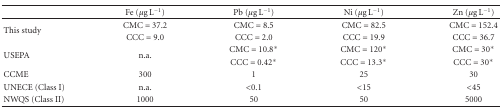
<table><thead><tr><td></td><td><b>Fe (<i>μ</i>g L<sup>−1</sup>)</b></td><td><b>Pb (<i>μ</i>g L<sup>−1</sup>)</b></td><td><b>Ni (<i>μ</i>g L<sup>−1</sup>)</b></td><td><b>Zn (<i>μ</i>g L<sup>−1</sup>)</b></td></tr></thead><tbody><tr><td rowspan="2">This study</td><td>CMC = 37.2</td><td>CMC = 8.5</td><td>CMC = 82.5</td><td>CMC = 152.4</td></tr><tr><td>CCC = 9.0</td><td>CCC = 2.0</td><td>CCC = 19.9</td><td>CCC = 36.7</td></tr><tr><td rowspan="2">USEPA</td><td rowspan="2">n.a.</td><td>CMC = 10.8<sup>∗</sup></td><td>CMC = 120<sup>∗</sup></td><td>CMC = 30<sup>∗</sup></td></tr><tr><td>CCC = 0.42<sup>∗</sup></td><td>CCC = 13.3<sup>∗</sup></td><td>CCC = 30<sup>∗</sup></td></tr><tr><td>CCME</td><td>300</td><td>1</td><td>25</td><td>30</td></tr><tr><td>UNECE (Class I)</td><td>n.a.</td><td>&lt;0.1</td><td>&lt;15</td><td>&lt;45</td></tr><tr><td>NWQS (Class II)</td><td>1000</td><td>50</td><td>50</td><td>5000</td></tr></tbody></table>